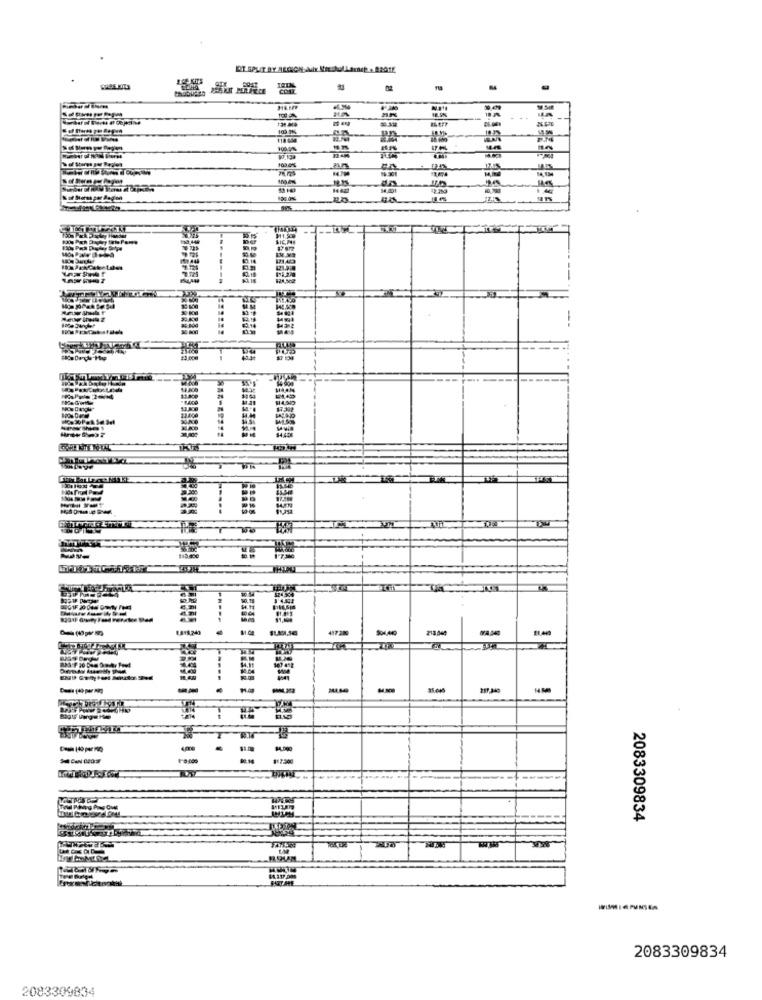
ET SPLIT BY ALONG
un
RAR
#83.400
817.200
2083309834
2083309834
2083309834